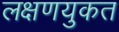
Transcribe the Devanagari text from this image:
लक्षणयुकत